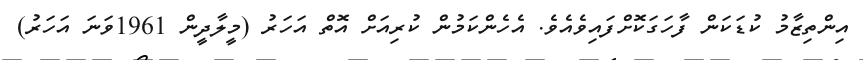
އިންތިޒާމު ކުޑަކަން ފާހަގަކޮށްފައިވެއެވެ. އެހެންކަމުން ކުރިއަށް އޮތް އަހަރު (މީލާދީން 1961ވަނަ އަހަރު)